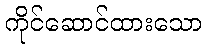
ကိုင်ဆောင်ထားသော